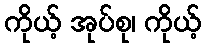
ကိုယ့် အုပ်စု၊ ကိုယ့်